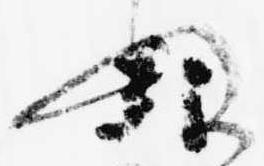
ぬ